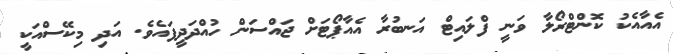
އެއާއެކު ކޮންޓްރޯލާ ވަނީ ފްލައިޓް އަނބުރާ އެއާޕޯޓަށް ޖައްސަން ހުއްދަދީފައެވެ. އަދި މިކޭސްއަކީ